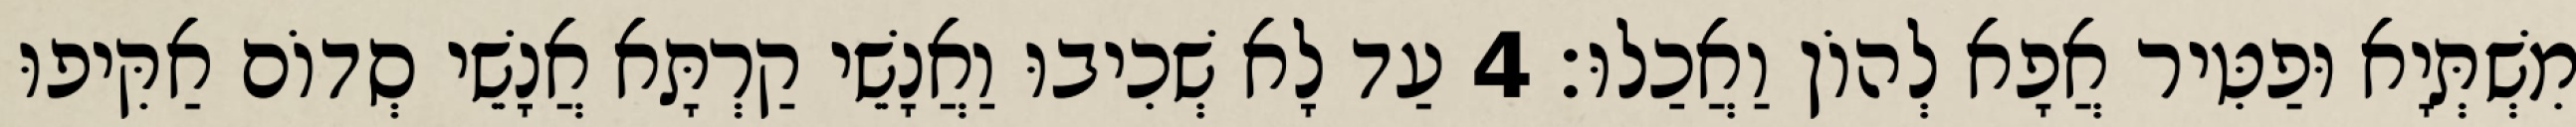
מִשְׁתְּיָא וּפַטִּיר אֲפָא לְהוֹן וַאֲכַלוּ׃ 4 עַד לָא שְׁכִיבוּ וַאֲנָשֵׁי קַרְתָּא אֲנָשֵׁי סְדוֹם אַקִּיפוּ